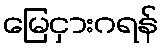
မြေငှားဂရန်